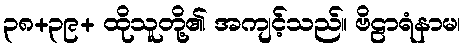
၃၈+၃၉+ ထိုသူတို့၏ အကျင့်သည်။ ဗိဠာရံနာမ၊